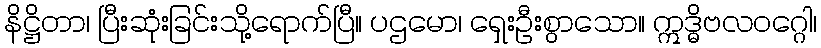
နိဋ္ဌိတာ၊ ပြီးဆုံးခြင်းသို့ရောက်ပြီ။ ပဌမော၊ ရှေးဦးစွာသော။ ဣဒ္ဓိဗလဝဂ္ဂေါ၊